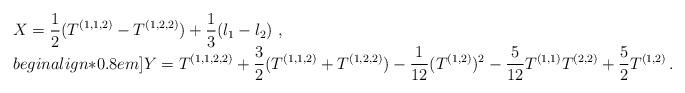
LaTeX: \begin{align*}\begin{array}{l}\displaystyle X=\frac{1}{2}(T^{(1,1,2)}-T^{(1,2,2)})+\frac{1}{3}(l_1-l_2)\ ,\\begin{align*}0.8em]\displaystyle Y=T^{(1,1,2,2)}+\frac{3}{2}(T^{(1,1,2)}+T^{(1,2,2)})-\frac{1}{12}(T^{(1,2)})^2-\frac{5}{12}T^{(1,1)}T^{(2,2)}+\frac{5}{2}T^{(1,2)}\,.\end{array}\end{align*}